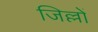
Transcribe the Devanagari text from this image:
जिल्लों